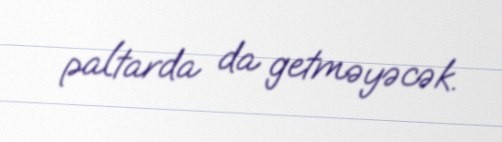
paltarda da getməyəcək.